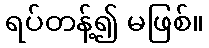
ရပ်တန့်၍ မဖြစ်။